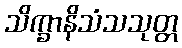
သိက္ခာနိသံသသုတ္တ